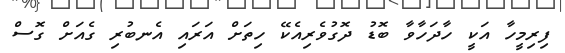
ފިރިމީހާ އަކީ ހާދަހާވާ ބޮޑު ދޮގުވެރިއެކޭ ހިތަށް އަރައި އެނބުރި ގެއަށް ގޮސް